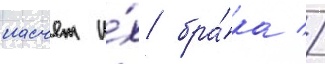
насчет и́х бра́ка //